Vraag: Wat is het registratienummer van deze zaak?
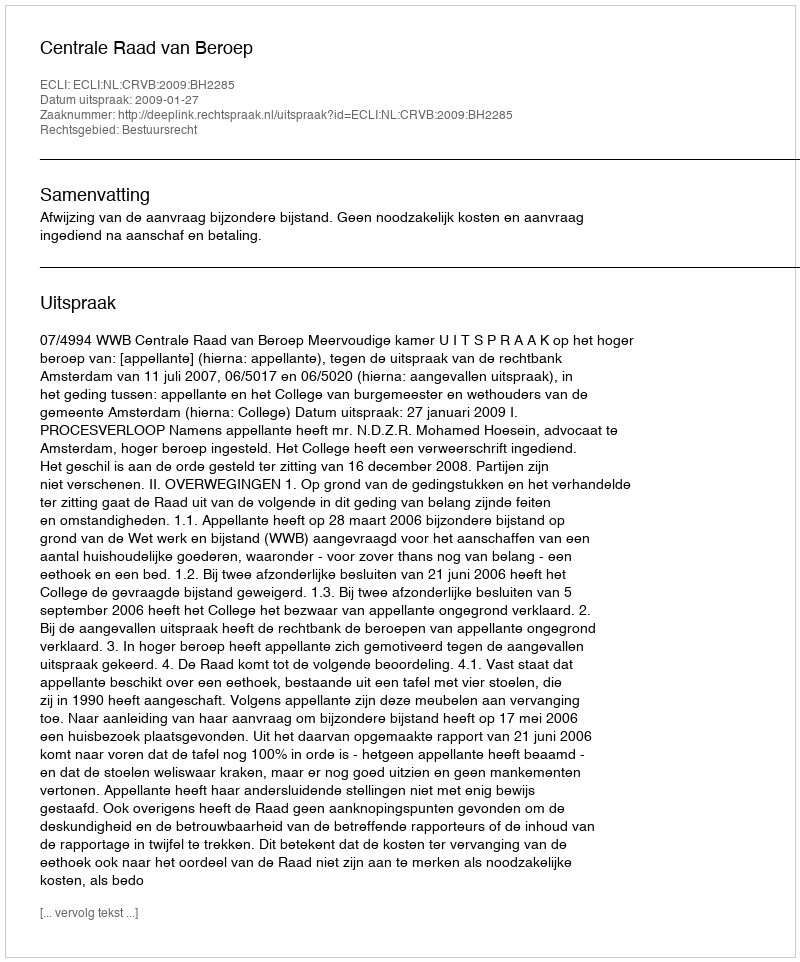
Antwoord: http://deeplink.rechtspraak.nl/uitspraak?id=ECLI:NL:CRVB:2009:BH2285